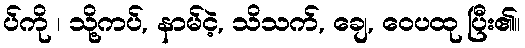
ပ်ကို ၊ သို့ကပ်, နာမ်ငဲ့, သိသက်, ချေ, ဝေပထု ပြီး၏။